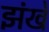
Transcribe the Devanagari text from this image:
झंखे